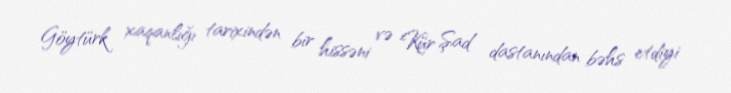
Göytürk xaqanlığı tarixindən bir hissəni və Kür Şad dastanından bəhs etdiyi